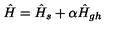
\hat { H } = \hat { H } _ { s } + \alpha \hat { H } _ { g h }